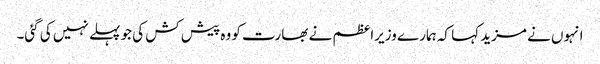
انہوں نے مزید کہا کہ ہمارے وزیراعظم نے بھارت کو وہ پیش کش کی جو پہلے نہیں کی گئی۔